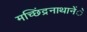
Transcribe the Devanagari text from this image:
मच्छिंद्रनाथानेेंे